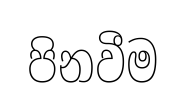
පිනවීම